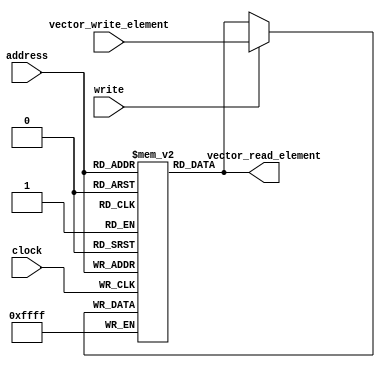
module z_vector_cache(
  input wire clock,
  input wire [3:0] address,
  input wire write,
  input wire [15:0] vector_write_element,
  output reg [15:0] vector_read_element
);

  reg [15:0] cache [0:15];

  always @ (posedge clock) begin
    cache[address] <= write ? vector_write_element : cache[address];
  end

  always @ ( * ) begin
    vector_read_element = cache[address];
  end

endmodule